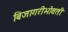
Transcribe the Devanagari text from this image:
बिजागरीभोवती